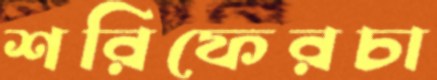
শরিফেরচা